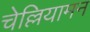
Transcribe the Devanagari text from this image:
चेल्लियामन